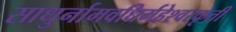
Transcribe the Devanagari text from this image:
साधुर्नामवधिर्महेश्‍वरकृती